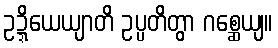
ဥဍ္ဍိယေယျာတိ ဥပ္ပတိတွာ ဂစ္ဆေယျ။